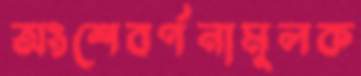
অংশেবর্ণনামূলক